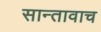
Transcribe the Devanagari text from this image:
सान्तावाच